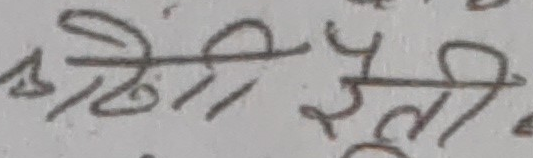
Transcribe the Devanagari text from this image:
१ तिथि मैली